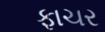
ફાચર